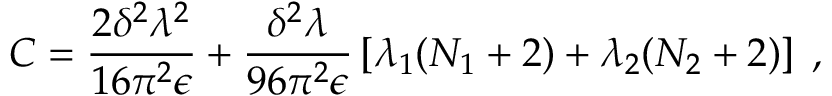
C = \frac { 2 \delta ^ { 2 } \lambda ^ { 2 } } { 1 6 \pi ^ { 2 } \epsilon } + \frac { \delta ^ { 2 } \lambda } { 9 6 \pi ^ { 2 } \epsilon } \left[ \lambda _ { 1 } ( N _ { 1 } + 2 ) + \lambda _ { 2 } ( N _ { 2 } + 2 ) \right] \; ,